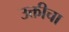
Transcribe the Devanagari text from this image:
उक्तीचा